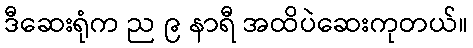
ဒီဆေးရုံက ည ၉ နာရီ အထိပဲဆေးကုတယ်။